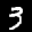
Label: 3